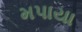
મપાયા